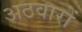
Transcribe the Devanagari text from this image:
अठवारों